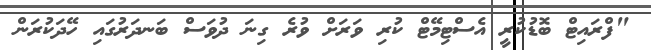
"ފްރައިޓް ބޮޑުކުރީ އެސްޓިމޭޓް ކުރި ވަރަށް ވުރެ ގިނަ ދުވަސް ބަނދަރުގައި ހޭދަކުރަން